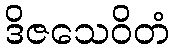
ဒိဇသေဝိတံ